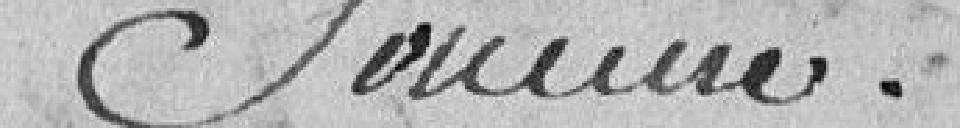
somme.